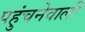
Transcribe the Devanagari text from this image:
पहुंचनेवाली